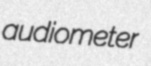
audiometer